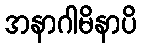
အနာဂါမိနာပိ